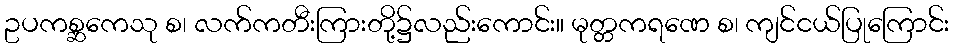
ဥပကစ္ဆကေသု စ၊ လက်ကတီးကြားတို့၌လည်းကောင်း။ မုတ္တကရဏေ စ၊ ကျင်ငယ်ပြုကြောင်း